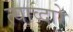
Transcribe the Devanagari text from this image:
त्याव्दारे